Malarial fevers
Disease focus: Malaria
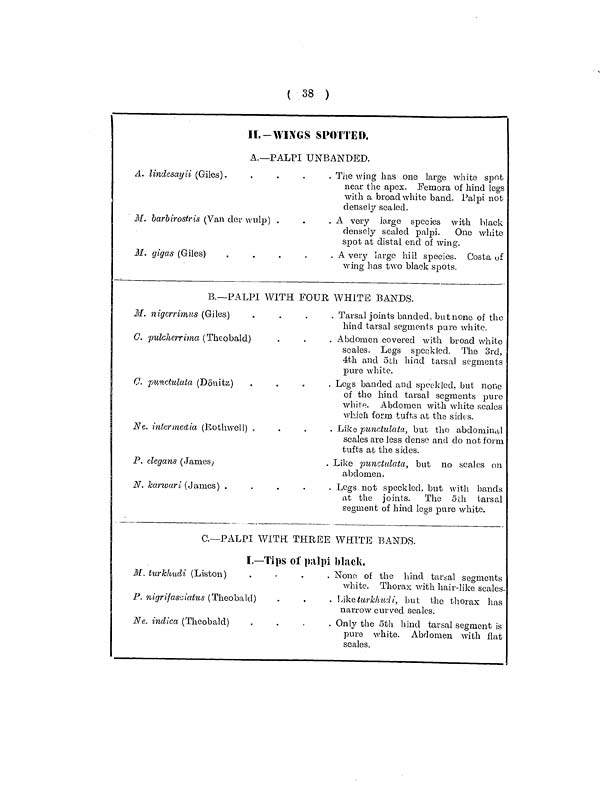
( 38 )
II.-WINGS SPOTTED,
A.—PALPI UNBANDED.
A. lindesayii (Giles).
M. barbirostris (Van der wulp) .
M. gigas (Giles)
The wing has one large white spot
near the apex. Femora of hind legs
with a broad white band. Palpi not
densely scaled.
A very large species with black
densely scaled palpi.
One white
spot at distal end of wing.
A very large hill species. Costa of
wing has two black spots.
B.—PALPI WITH FOUR WHITE BANDS.
M. nigerrimus (Giles)
G. pulcherrima (Theobald)
C. punctulata (Dönita)
Ne. intermedia (Kothwell).
P. elegans (James)
N. karwari (James)
....
Tarsal joints banded, but none of the
hind tarsal segments pure white.
Abdomen covered with broad white
scales. Legs speckled. The 3rd,
4th and 5th hind tarsal segments
pure white.
Legs banded and speckled, but none
of the hind tarsal segments pure
white. Abdomen with white scales
which form tufts at the sides.
Like punctulata, but the abdominal
scales are less dense and do not form
tufts at the sides.
Like punctulata, but no scales on
abdomen.
Legs not speckled, but with bands
at the joints. The 5th tarsal
segment of hind legs pure white.
C.—PALPI WITH THREE WHITE BANDS.
I.—Tips of palpi black,
M. turkhudi (Listen)
P. nigrifaciatus (Theobald)
Ne. indica (Theobald)
None of the hind tarsal segments
white. Thorax with hair-like scales.
Liketurkhudi, but the thorax has
narrow curved scales.
Only the 5th hind tarsal segment is
pure white. Abdomen with flat
scales.